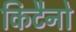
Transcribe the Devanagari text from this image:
किटैनो